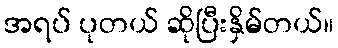
အရပ် ပုတယ် ဆိုပြီးနှိမ်တယ်။